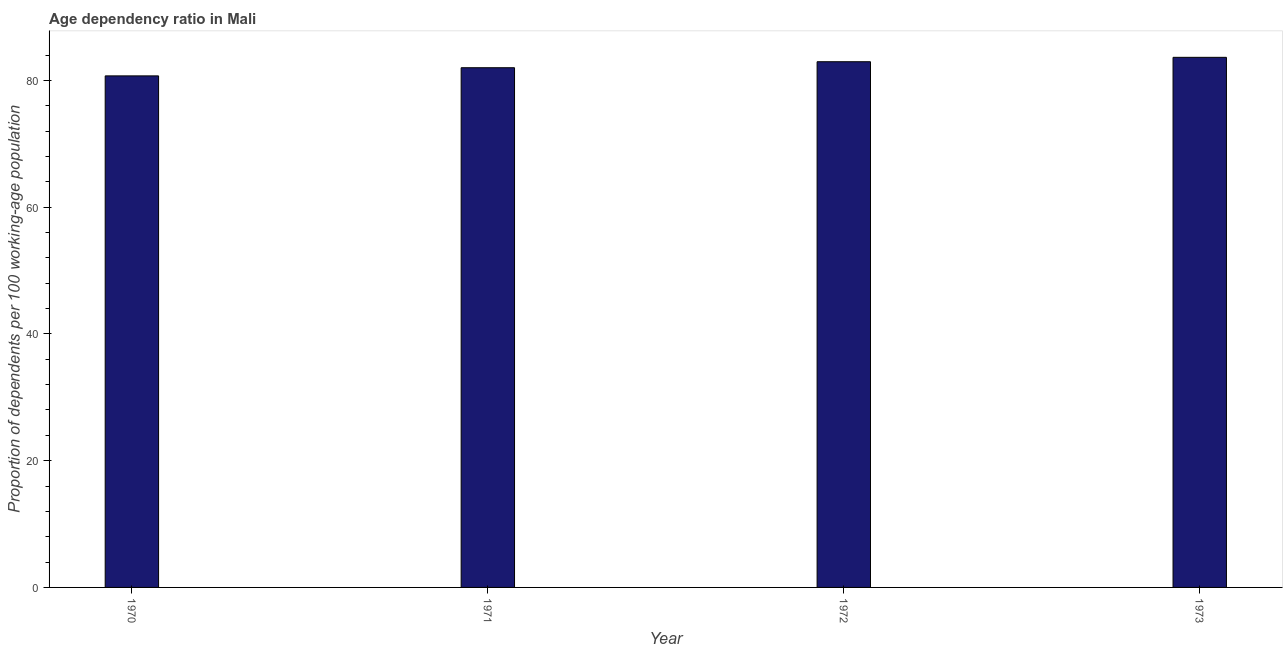
| Year | Age dependency ratio (% of working-age population) |
 | --- | --- |
 | 1970 | 80.7 |
 | 1971 | 82 |
 | 1972 | 82.9 |
 | 1973 | 83.6 |